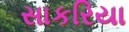
સાકરિયા